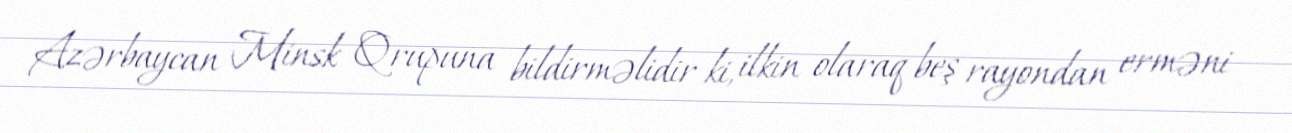
Azərbaycan Minsk Qrupuna bildirməlidir ki, ilkin olaraq beş rayondan erməni